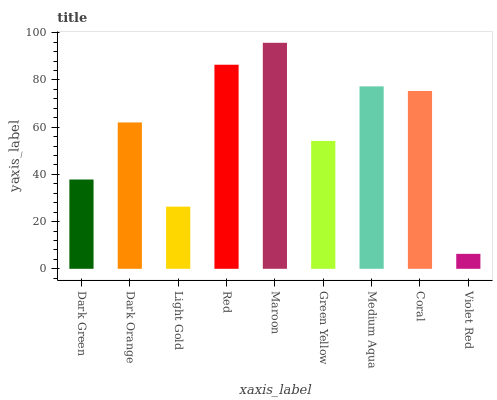
| xaxis_label | bars |
 | --- | --- |
 | Dark Green | 37.8 |
 | Dark Orange | 62 |
 | Light Gold | 26.3 |
 | Red | 86.5 |
 | Maroon | 95.7 |
 | Green Yellow | 54.2 |
 | Medium Aqua | 77.3 |
 | Coral | 75.3 |
 | Violet Red | 6.34 |